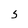
Character: s